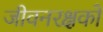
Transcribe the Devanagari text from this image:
जीवनरक्षकों